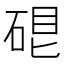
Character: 𥓀